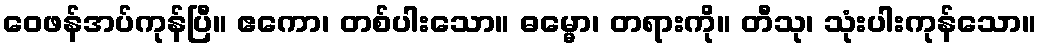
ဝေဖန်အပ်ကုန်ပြီ။ ဧကော၊ တစ်ပါးသော။ ဓမ္မော၊ တရားကို။ တီသု၊ သုံးပါးကုန်သော။